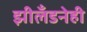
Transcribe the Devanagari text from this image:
झीलँडनेही